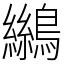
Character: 𪆓